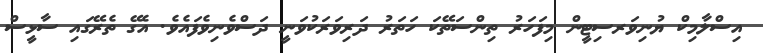
އިސްލާމިކް ޔުނިވަރސިޓީން މިފަހަރު ތިންސަތޭކަ ހަތަރު ދަރިވަރަކުވަނީ ދަސްވެނިވެފައެވެ. އެގޭ ތެރޭގައި ސާޅީސް